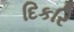
દિકરિ